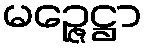
မဉ္ဇေဋ္ဌာ